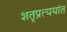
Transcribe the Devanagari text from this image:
शतृप्रत्ययांत